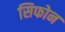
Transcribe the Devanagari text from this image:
सिफोन